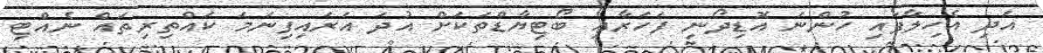
އަދި އެހިލާފައި ހުންނަ އޮޑިދޯނި ފަހަރާއި ބޯޓިޔާޑްތަކަށް އުދަ އަރައިފިނަމަ ކައްތިރިތައް ނެއްޓި